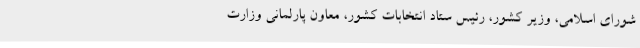
شورای اسلامی، وزیر کشور، رئیس ستاد انتخابات کشور، معاون پارلمانی وزارت